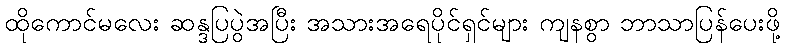
ထိုကောင်မလေး ဆန္ဒပြပွဲအပြီး အသားအရေပိုင်ရှင်များ ကျနစွာ ဘာသာပြန်ပေးဖို့